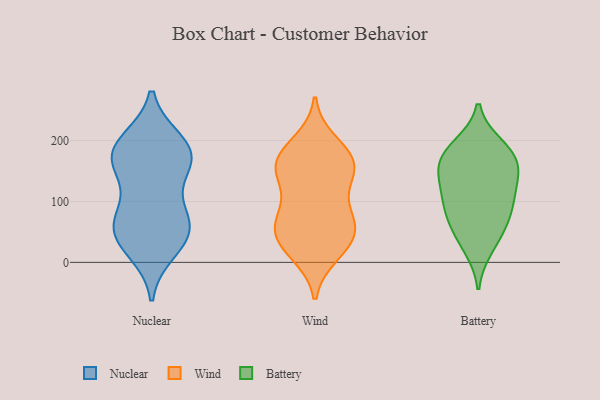
{"axis": {"x": "Conversion Rate (%)", "y": "Value"}, "legend": ["Battery", "Nuclear", "Wind"], "data": [{"x": "", "y": 172, "type": "Nuclear"}, {"x": "", "y": 166, "type": "Nuclear"}, {"x": "", "y": 39, "type": "Nuclear"}, {"x": "", "y": 183, "type": "Nuclear"}, {"x": "", "y": 65, "type": "Nuclear"}, {"x": "", "y": 40, "type": "Nuclear"}, {"x": "", "y": 75, "type": "Nuclear"}, {"x": "", "y": 198, "type": "Nuclear"}, {"x": "", "y": 195, "type": "Nuclear"}, {"x": "", "y": 167, "type": "Nuclear"}, {"x": "", "y": 149, "type": "Nuclear"}, {"x": "", "y": 83, "type": "Nuclear"}, {"x": "", "y": 20, "type": "Nuclear"}, {"x": "", "y": 56, "type": "Nuclear"}, {"x": "", "y": 49, "type": "Wind"}, {"x": "", "y": 161, "type": "Wind"}, {"x": "", "y": 67, "type": "Wind"}, {"x": "", "y": 167, "type": "Wind"}, {"x": "", "y": 40, "type": "Wind"}, {"x": "", "y": 40, "type": "Wind"}, {"x": "", "y": 197, "type": "Wind"}, {"x": "", "y": 62, "type": "Wind"}, {"x": "", "y": 178, "type": "Wind"}, {"x": "", "y": 19, "type": "Wind"}, {"x": "", "y": 169, "type": "Wind"}, {"x": "", "y": 142, "type": "Wind"}, {"x": "", "y": 147, "type": "Wind"}, {"x": "", "y": 14, "type": "Wind"}, {"x": "", "y": 139, "type": "Wind"}, {"x": "", "y": 85, "type": "Wind"}, {"x": "", "y": 82, "type": "Wind"}, {"x": "", "y": 102, "type": "Battery"}, {"x": "", "y": 25, "type": "Battery"}, {"x": "", "y": 191, "type": "Battery"}, {"x": "", "y": 45, "type": "Battery"}, {"x": "", "y": 69, "type": "Battery"}, {"x": "", "y": 143, "type": "Battery"}, {"x": "", "y": 101, "type": "Battery"}, {"x": "", "y": 180, "type": "Battery"}, {"x": "", "y": 156, "type": "Battery"}, {"x": "", "y": 79, "type": "Battery"}, {"x": "", "y": 159, "type": "Battery"}, {"x": "", "y": 179, "type": "Battery"}, {"x": "", "y": 124, "type": "Battery"}]}